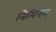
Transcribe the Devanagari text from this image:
निमिषम्